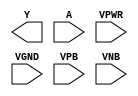
module sky130_fd_sc_ms__clkinv (
    Y   ,
    A   ,
    VPWR,
    VGND,
    VPB ,
    VNB
);

    output Y   ;
    input  A   ;
    input  VPWR;
    input  VGND;
    input  VPB ;
    input  VNB ;
endmodule